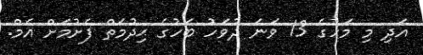
އަދި މި މަހުގެ 13 ވަނަ ދުވަހު ބަހުގެ ޙިދުމަތް ފެށުމަށް އެމް.